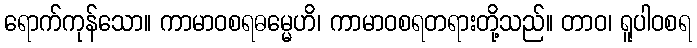
ရောက်ကုန်သော။ ကာမာဝစရဓမ္မေဟိ၊ ကာမာဝစရတရားတို့သည်။ တာဝ၊ ရူပါဝစရ